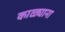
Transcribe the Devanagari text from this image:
काळ्याना